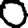
Digit: 0